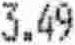
3.49